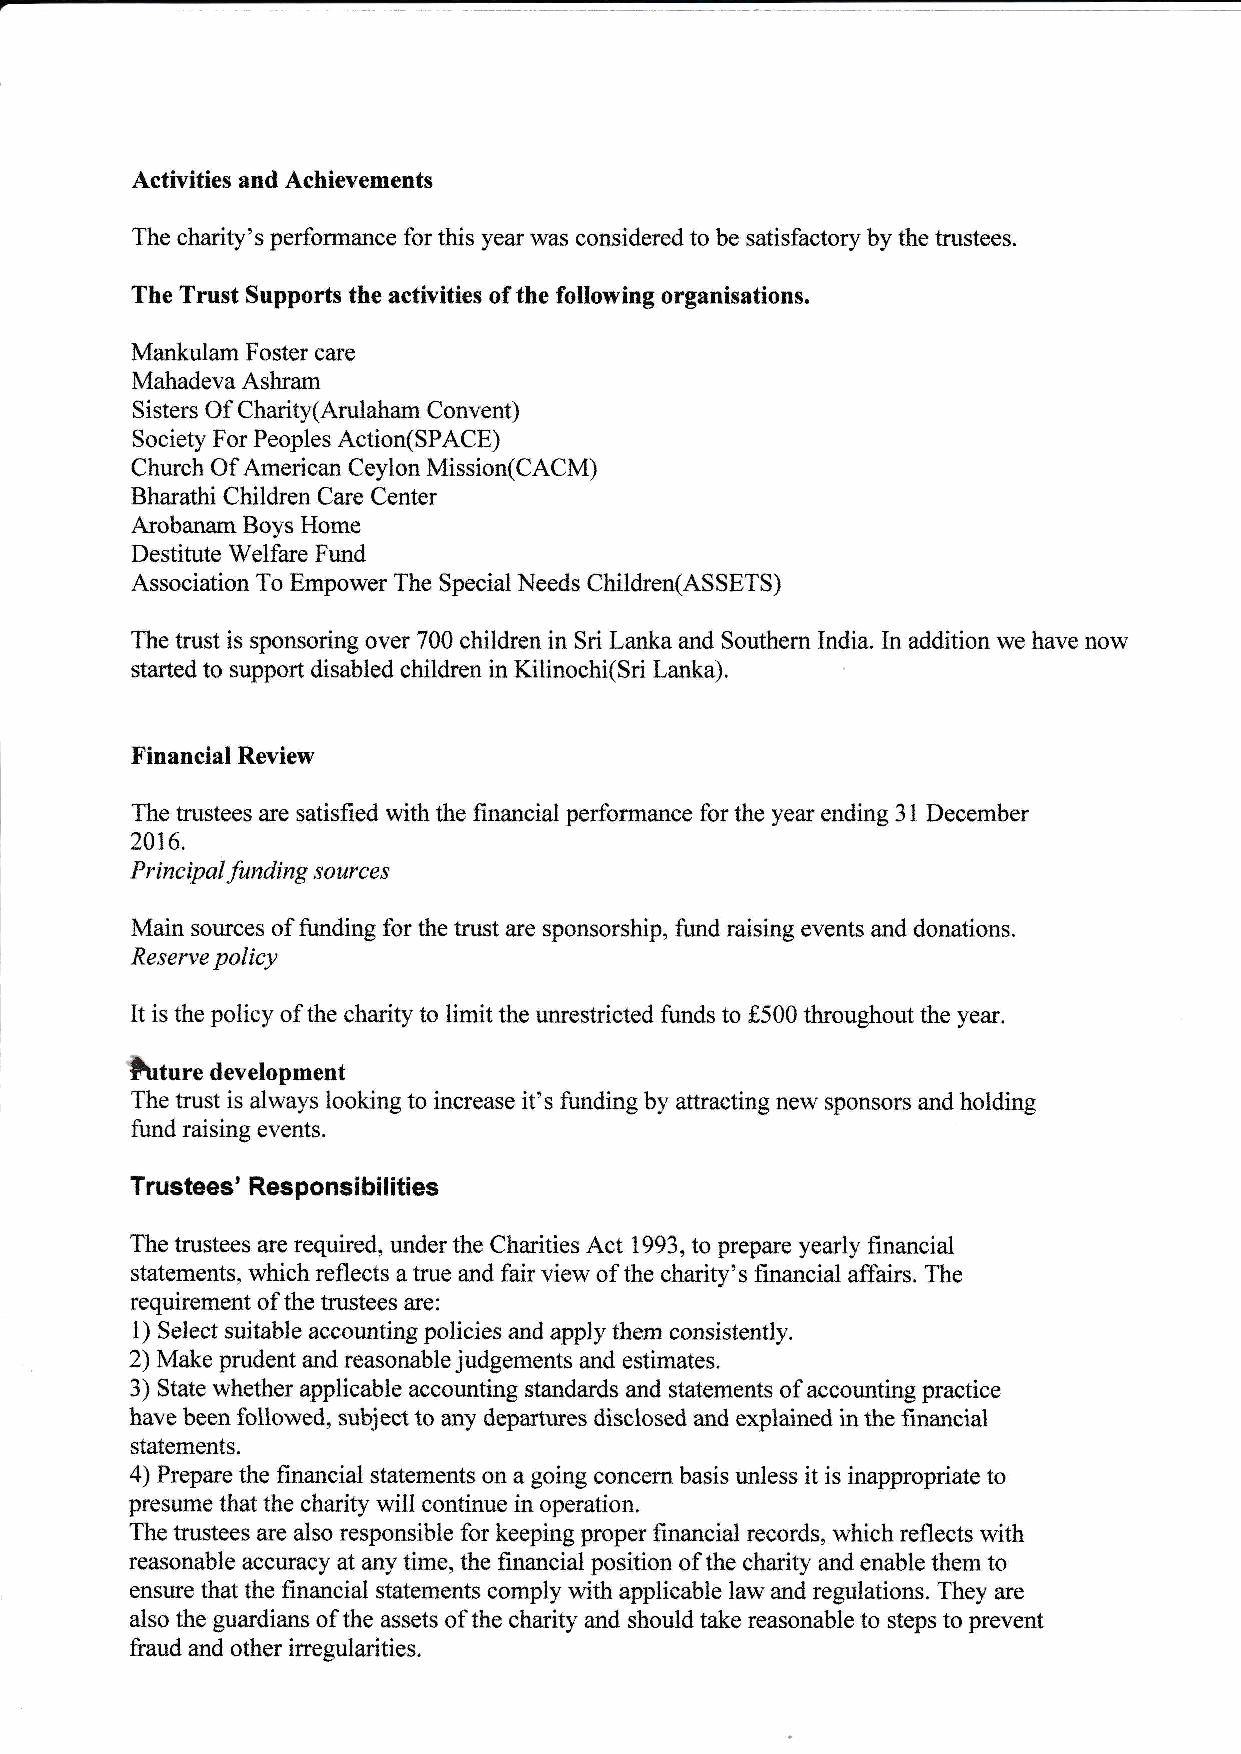
Activities and Achievements
 The charity's performance for this year was considered to be satisfactory by the trustees.
 The Trust Supports the activities of the following organisations,
 Mankulam Foster care
 Mahadeva Asluam
 Sisters Of Charity(Arulaham Convent)
 Society For Peoples Action(SPACE)
 Church Of American Ceylon Mission(CACM)
 Bharathi Children Care Center
 Arobanam Boys Home
 Destitute Welfare Fund
 Association To Empower The Special Needs Children(ASSETS)
 The trust is sponsoring over 700 children in Sri Lanka and Southern India. In addition we have now
 started to support disabled children in Kiliaochi(Sri Lanka)
 Financial Review
 The trustees are satisfied with the financial performance for the year ending 31 December
 2016.
 P r inc ip al funding s our c e s
 Main sources of funding for the trust are sponsorship, fi.rnd raising events and donations.
 Reserve palicy
 It is the policy of the charity to limit the unrestricted funds to f500 tlroughout the year.
 lrrto"*
 development
 The trust is always looking to increase it's funding by attracting new sponsors and holding
 fund raising events.
 Trusteesn Responsibilities
 The trustees are required, under the Charities Act 1993, to prepare yearly financial
 statements, which reflects a tnre and fair view of the charity's financial affairs. The
 requirement of the trustees are:
 1) Select suitable accounting policies and apply them consistently.
 2) Make prudent and reasonable judgements and estimates.
 3) State whether applicable accounting standards and statements of accounting practice
 have been followed, subject to any departues disclosed and explained in the financial
 statements.
 4) Prepme the financial statements on a going coocern basis unless it is inappropriate to
 presume that the charity will continue in operation.
 The trustees are also responsible for keeping proper financial records, which reflects with
 reasonable accuracy at aoy time, the financial position of the charity and enable them to
 ensrre that the financial statements comply with applicable law and regulations. They are
 also the guardians of the assets of the charity and should take reasonable to steps to prevent
 fraud and other irregularities.